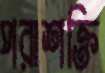
পরাশক্তি